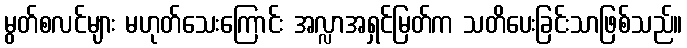
မွတ်စလင်များ မဟုတ်သေးကြောင်း အလ္လာအရှင်မြတ်က သတိပေးခြင်းသာဖြစ်သည်။